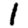
Digit: 1